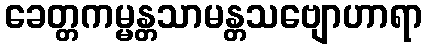
ခေတ္တကမ္မန္တသာမန္တသဗျောဟာရာ